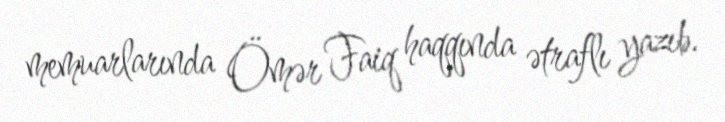
memuarlarında Ömər Faiq haqqında ətraflı yazıb.